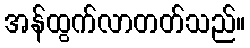
အန်ထွက်လာတတ်သည်။